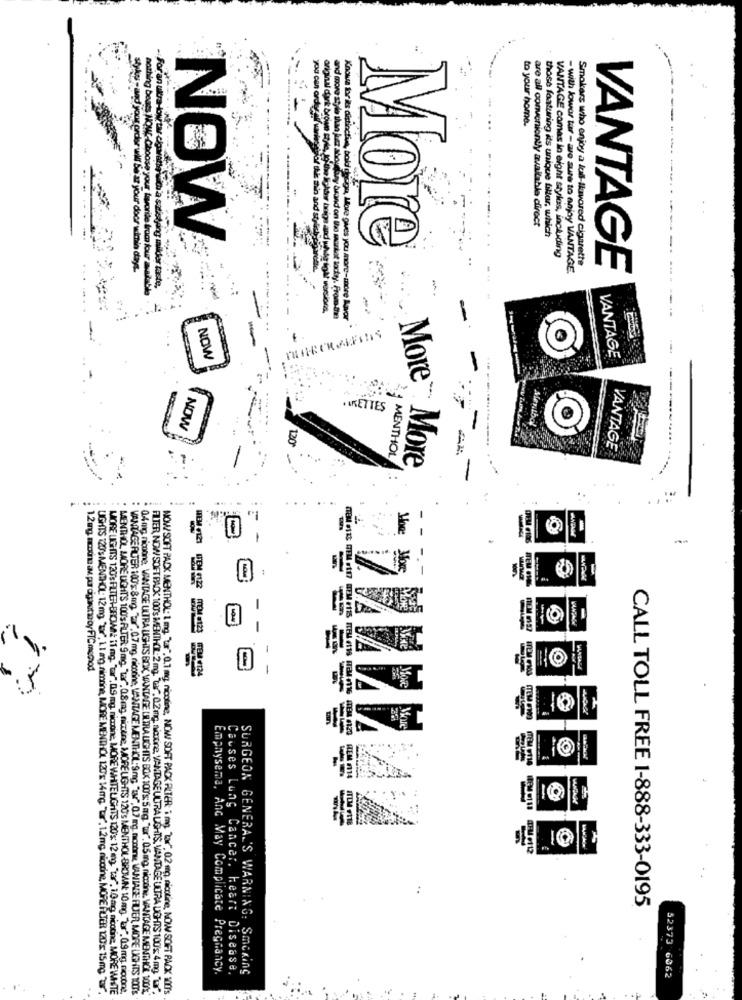
:
original
and more style
to your home.
your door
For this ain and style
any brand on theo
are all conveniently available direct
NOW
tinctin, bold clicign, More gives y
those featuring its unique filter, which
More
VANTAGE camas in eight styles, including
- with lower tar - are sure to enjoy VANTAGE.
Smokers who enjoy a los-lluvored cigarette
VANTAGE
Apor
NOW
VANTAGE
· IRETTES
NOW
120
MENTHOL
VANTAGE
More More
...
F
REM F121
-
1.2mg, amin an por dipintoy FTC menod
FEL #124
WANTALE
TFM .112
CALL TOLL FREE 1-888-333-0195
Emphysema, Anc May Complicate Pregnancy.
Causes Lung Cancer, heart Disease.
SURGEON GENERAL'S WARNING: Smoking
52373 6062
UGHTS 120's MENTHOL: 12mg "tor", 1.1 .ang nimnine, MORE MENTHOL 120'x 14mg. "tur", 12mg nicotine, MORE FLYER 120'x 15 mg "t".
MORE LIGHTS 120's FILTER-BROWNE if mg. "tar", 0.9 mg. niccoine, MORE WHITE LIGHTS 120's: 12 mg, "tar", 1.0mg, nicotine, MORE WISTE
MENTHOL MORE LIGHTS 100's ALTER 9 mg. "lar. 08 mg nicoline, MORELIGHTS 120's MENTHOL-BROWN: 10 mg. "for". 09 mg. niccone.
VANTAGEPUTER :00: 8 mg. "ar. 47 mg. nicotine, VANTAGE MENTHOL:9mg "av", 07 ing. nonon WANIAGE FLUER, MORE LIGHTS 100:
0.4 mg nicotine, VANTAGE ULTRA LIGHTS BOX, VANTAGE LITRA LIGHTS BOK 100's: 5 mg. "ur", 05 mg, nicotine, VANTAGE MONTHCE 100%*
FILTER NOW SOFT PACK 100's MENTHOL:2mg. war , 02 mg. nicoine, VANTAGEULTRA LIGHTS, VANTAGE ULTRA LIGHTS 100 g 4 mg, "a".
NOW SOFT PACK MENTHOL: 1 mg. "". 0.1 mg, nicotine, NOW SOFT PACK ALTER ; my "Zar", 02 mg, nicotine, NOW SOFT PACK W's